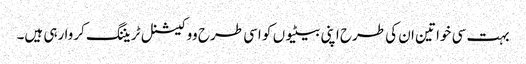
بہت سی خواتین ان کی طرح اپنی بیٹیوں کو اسی طرح ووکیشنل ٹریننگ کروا رہی ہیں۔